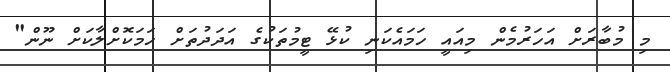
މި މުބާރަށް އަހަރުމެން މިއައީ ހަމައެކަނި ކުޅޭ ޓީމުތަކުގެ އަދަދުތަށް ހަމަކޮށްލާކަށް ނޫން"